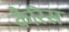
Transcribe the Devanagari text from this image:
कैरिस